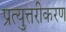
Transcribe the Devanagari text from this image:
प्रत्युत्तरीकरण